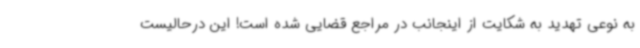
به نوعی تهدید به شکایت از اینجانب در مراجع قضایی شده است! این درحالیست